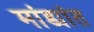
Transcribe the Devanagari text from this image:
मांड्यांत